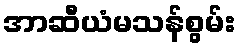
အာဆီယံမသန်စွမ်း